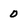
Character: 0